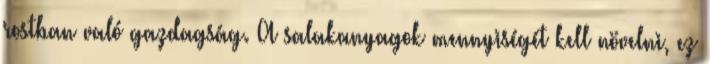
rostban való gazdagság. A salakanyagok mennyiségét kell növelni, ez